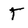
Character: T